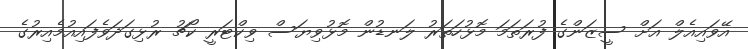
އޭވައިއެލް އަށް ސީޒަންގެ ފުރަތަމަ މޮޅުހަތަރު ލަނޑުން މޮޅުވިޔަސް ވިކްޓަރީ ކޯޗު ރުޅިގަދަވެފައިއުމެއިރުގެ